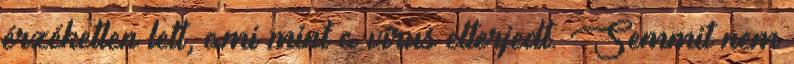
érzéketlen lett, ami mint a vírus elterjedt. Semmit nem